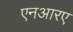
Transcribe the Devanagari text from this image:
एनआरए